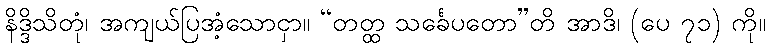
နိဒ္ဒိသိတုံ၊ အကျယ်ပြအံ့သောငှာ။ “တတ္ထ သင်္ခေပတော”တိ အာဒိ၊ (ပေ ၇၁) ကို။